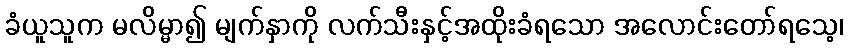
ခံယူသူက မလိမ္မာ၍ မျက်နှာကို လက်သီးနှင့်အထိုးခံရသော အလောင်းတော်ရသေ့၊